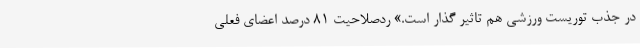
در جذب توریست ورزشی هم تاثیر گذار است.» ردصلاحیت ۸۱ درصد اعضای فعلی